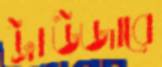
ট্রাউজারে